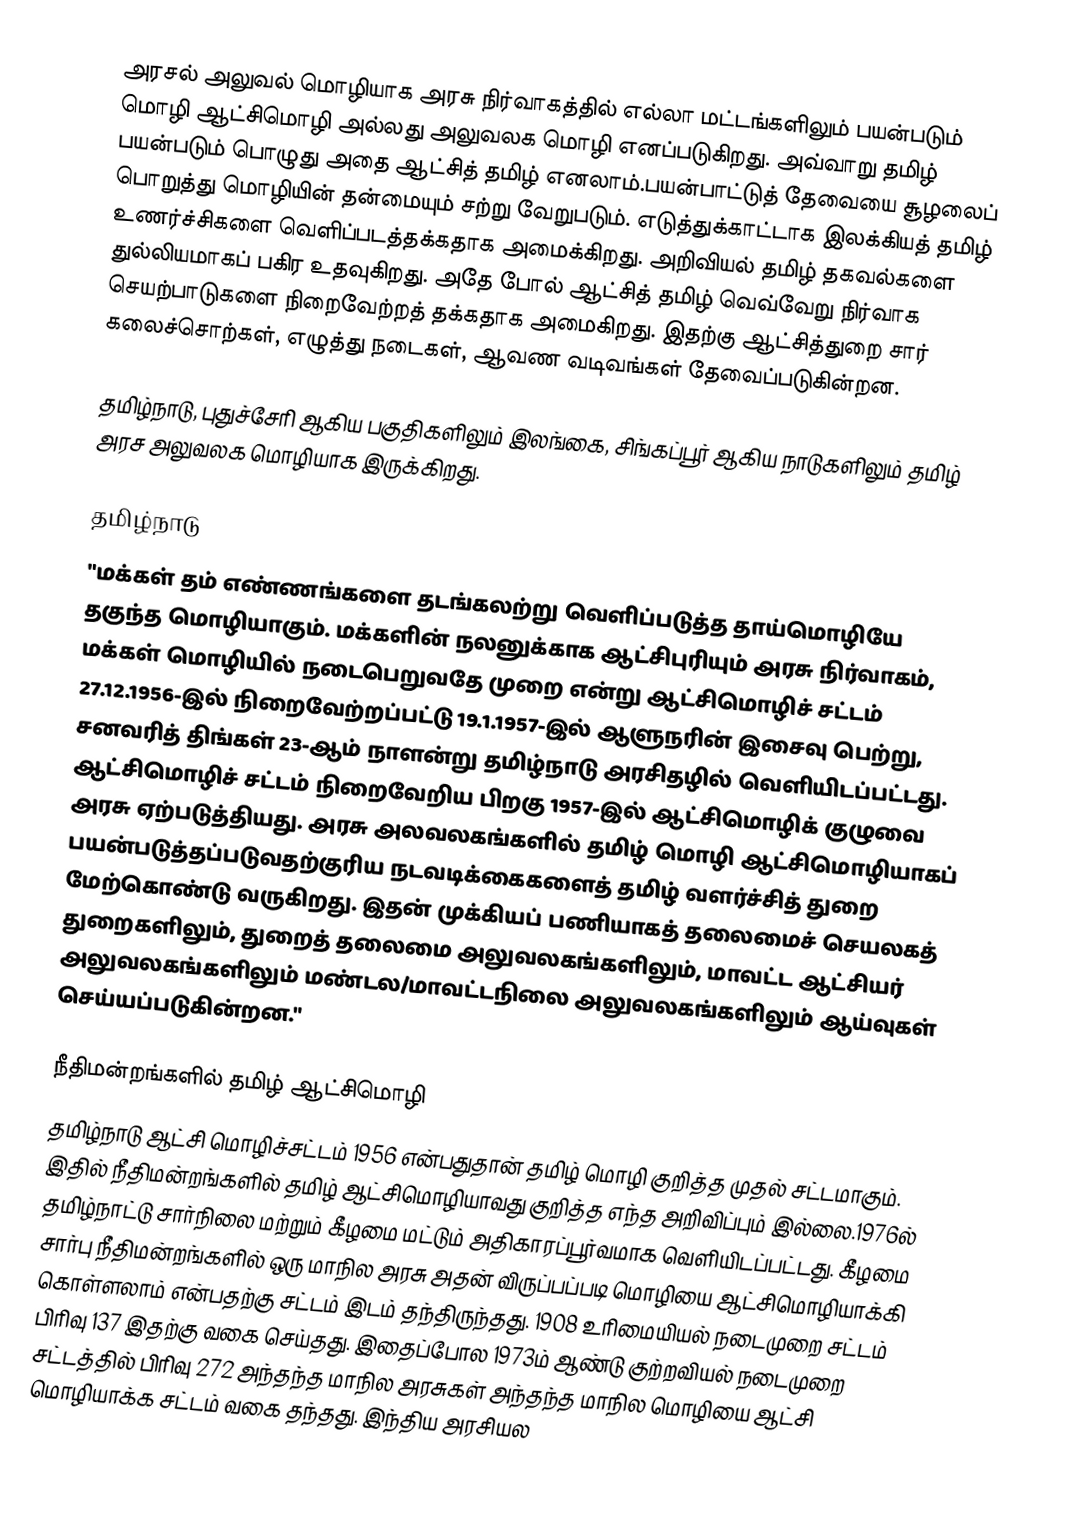
அரசல் அலுவல் மொழியாக அரசு நிர்வாகத்தில் எல்லா மட்டங்களிலும் பயன்படும் மொழி ஆட்சிமொழி அல்லது அலுவலக மொழி எனப்படுகிறது.  அவ்வாறு தமிழ் பயன்படும் பொழுது அதை ஆட்சித் தமிழ் எனலாம்.பயன்பாட்டுத் தேவையை சூழலைப் பொறுத்து மொழியின் தன்மையும் சற்று வேறுபடும்.  எடுத்துக்காட்டாக இலக்கியத் தமிழ் உணர்ச்சிகளை வெளிப்படத்தக்கதாக அமைக்கிறது.  அறிவியல் தமிழ் தகவல்களை துல்லியமாகப் பகிர உதவுகிறது.  அதே போல் ஆட்சித் தமிழ் வெவ்வேறு நிர்வாக செயற்பாடுகளை நிறைவேற்றத் தக்கதாக அமைகிறது.  இதற்கு ஆட்சித்துறை சார் கலைச்சொற்கள், எழுத்து நடைகள், ஆவண வடிவங்கள் தேவைப்படுகின்றன.

தமிழ்நாடு, புதுச்சேரி ஆகிய பகுதிகளிலும் இலங்கை, சிங்கப்பூர் ஆகிய நாடுகளிலும் தமிழ் அரச அலுவலக மொழியாக இருக்கிறது.

தமிழ்நாடு
"மக்கள் தம் எண்ணங்களை தடங்கலற்று வெளிப்படுத்த தாய்மொழியே தகுந்த மொழியாகும். மக்களின் நலனுக்காக ஆட்சிபுரியும் அரசு நிர்வாகம், மக்கள் மொழியில் நடைபெறுவதே முறை என்று ஆட்சிமொழிச் சட்டம் 27.12.1956-இல் நிறைவேற்றப்பட்டு 19.1.1957-இல் ஆளுநரின் இசைவு பெற்று, சனவரித் திங்கள் 23-ஆம் நாளன்று தமிழ்நாடு அரசிதழில் வெளியிடப்பட்டது. ஆட்சிமொழிச் சட்டம் நிறைவேறிய பிறகு 1957-இல் ஆட்சிமொழிக் குழுவை அரசு ஏற்படுத்தியது. அரசு அலவலகங்களில் தமிழ் மொழி ஆட்சிமொழியாகப் பயன்படுத்தப்படுவதற்குரிய நடவடிக்கைகளைத் தமிழ் வளர்ச்சித் துறை மேற்கொண்டு வருகிறது. இதன் முக்கியப் பணியாகத் தலைமைச் செயலகத் துறைகளிலும், துறைத் தலைமை அலுவலகங்களிலும், மாவட்ட ஆட்சியர் அலுவலகங்களிலும் மண்டல/மாவட்டநிலை அலுவலகங்களிலும் ஆய்வுகள் செய்யப்படுகின்றன."

நீதிமன்றங்களில் தமிழ் ஆட்சிமொழி
தமிழ்நாடு ஆட்சி மொழிச்சட்டம் 1956 என்பதுதான் தமிழ் மொழி குறித்த முதல் சட்டமாகும். இதில் நீதிமன்றங்களில் தமிழ் ஆட்சிமொழியாவது குறித்த எந்த அறிவிப்பும் இல்லை.1976ல் தமிழ்நாட்டு சார்நிலை மற்றும் கீழமை மட்டும் அதிகாரப்பூர்வமாக வெளியிடப்பட்டது. கீழமை சார்பு நீதிமன்றங்களில் ஒரு மாநில அரசு அதன் விருப்பப்படி மொழியை ஆட்சிமொழியாக்கி கொள்ளலாம் என்பதற்கு சட்டம் இடம் தந்திருந்தது. 1908 உரிமையியல் நடைமுறை சட்டம் பிரிவு 137 இதற்கு வகை செய்தது. இதைப்போல 1973ம் ஆண்டு குற்றவியல் நடைமுறை சட்டத்தில் பிரிவு 272 அந்தந்த மாநில அரசுகள் அந்தந்த மாநில மொழியை ஆட்சி மொழியாக்க சட்டம் வகை தந்தது. இந்திய அரசியல